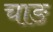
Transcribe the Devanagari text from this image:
चाङ